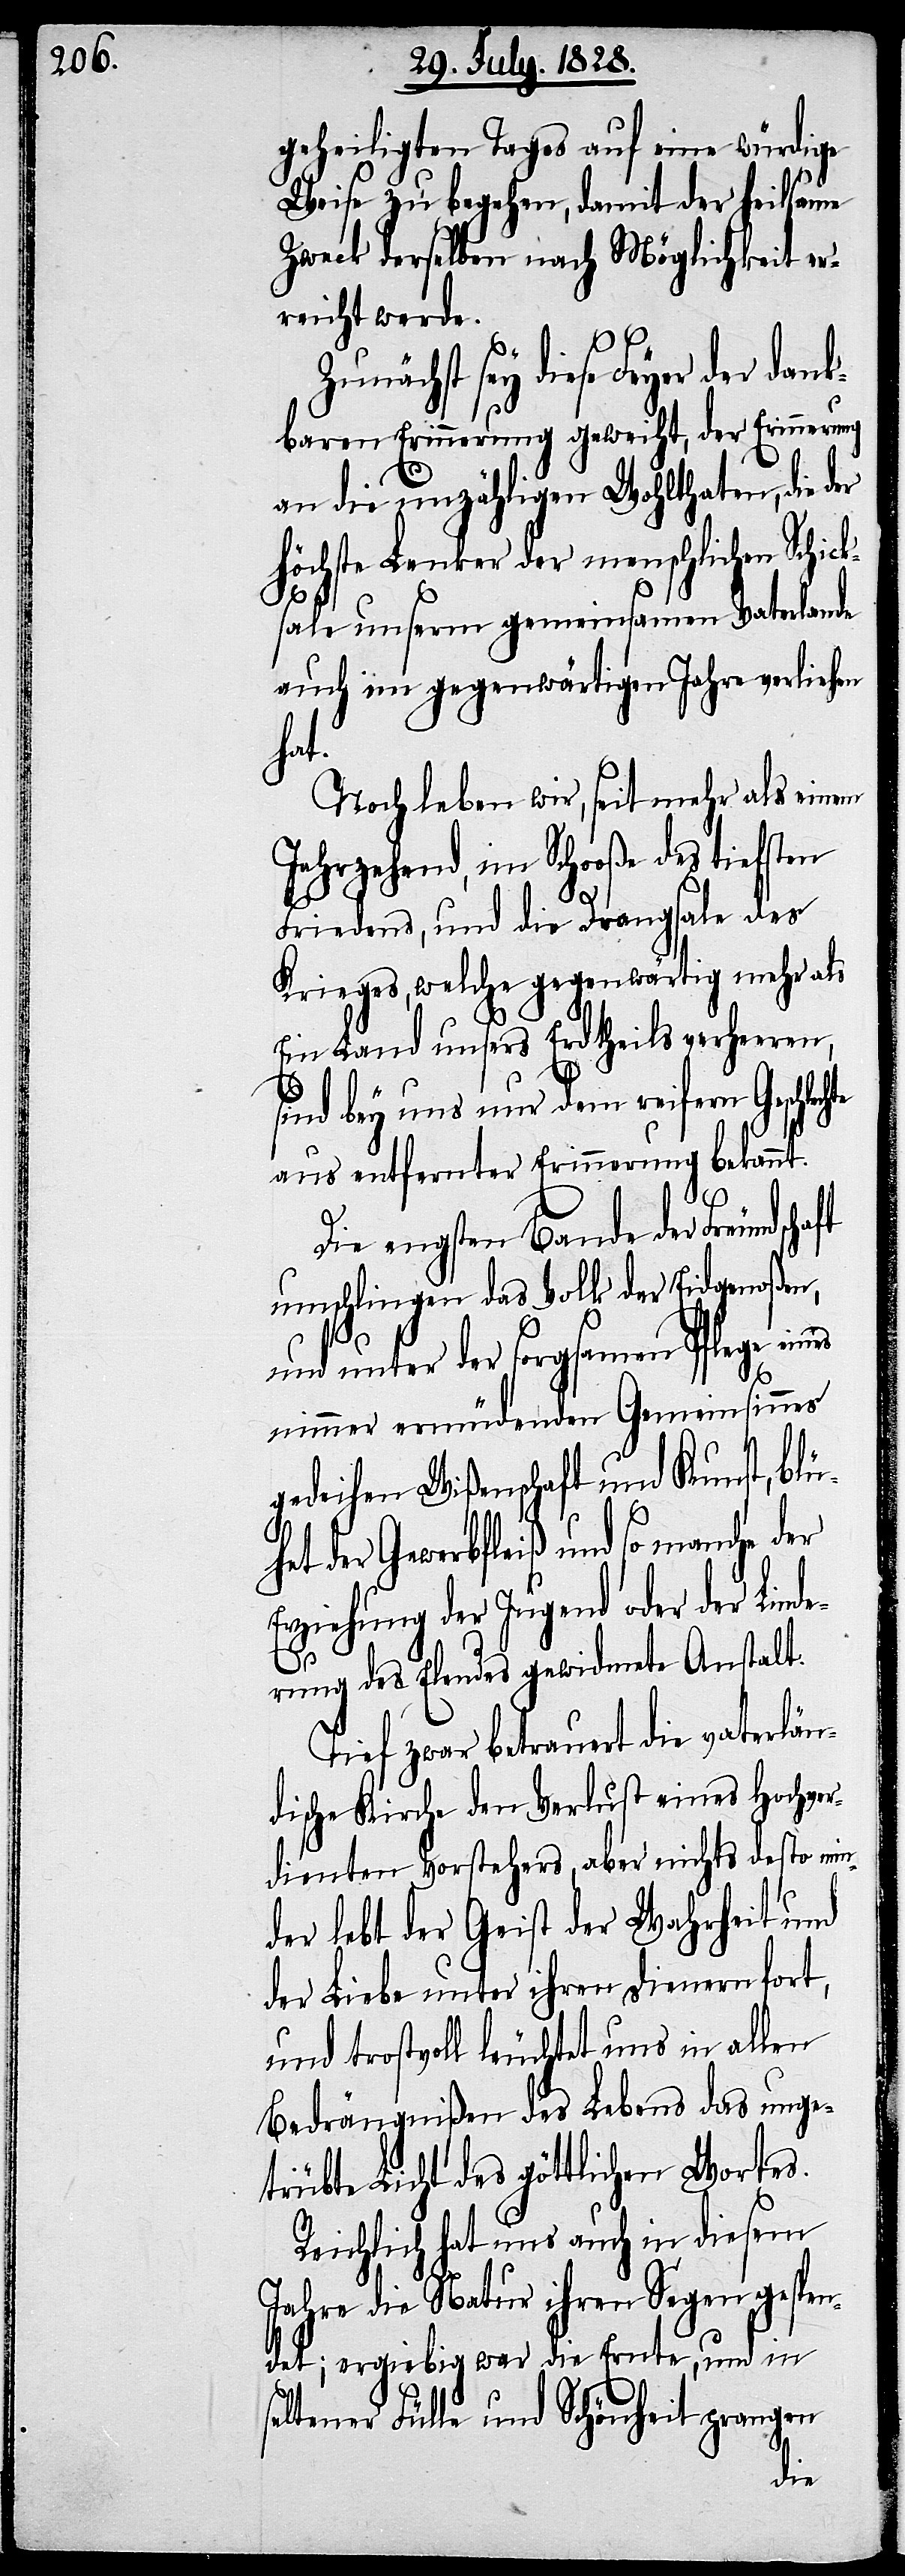
geheiligten Tages auf eine würdige
Weise zu begehen, damit der heilsame
Zweck derselben nach Möglichkeit er¬
reicht werde.
Zunächst sey diese Feyer der
baren Erinnerung geweiht, der Erinnerung
an die unzähligen Wohlthaten, die der
höchste Lenker der menschlichen Schick¬
sale unserm gemeinsamen Vaterlande
auch im gegenwärtigen Jahre verliehen
haft
Noch haben wir, seit mehr als einem
Jahrzehend, im Schooße des tiefsten
Friedens, und die Drangsale des
Krieges, welche gegenwärtig mehr als
Ein Land unsers Erdtheils verheeren,
sind bey uns nur dem reifern Geschlec¬
aus entfernter Erinnerung bekannt.
Die engsten Bande der Freundsc¬
umschlingen das Volk der Eidgenoßen,
und unter der sorgsamen Pflege ein¬
es
nimmer ermüdenden Gemeinsinnes
gedeihen Wißenschaft und Kunst, blü¬
het der Gewerbsfleiß und so manche der
Erziehung der Jugend oder der Lind¬
erung des Elendes gewidmete Anstalt.
Tief zwar betrauert die vaterlän¬
dische Kirche den Verlust eines Hochver¬
dienten Vorstehers, aber nichts desto min¬
der lebt der Geist der Wahrheit und
der Liebe unter ihren Dienern fort,
und trostvoll leuchtet uns in allen
Bedrängnißen des Lebens das unge¬
trübte Licht des göttlichen Wortes.
Reichlich hat uns auch in diesem
Jahre die Natur ihren Segen gespen¬
det; ergiebig war die Ernte, und in
seltener Fülle und Schönheit prangen
dank¬